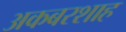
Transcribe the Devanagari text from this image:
अकबरशाह